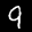
Label: 9